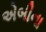
એબીના